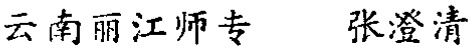
云南丽江师专 张澄清